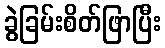
ခွဲခြမ်းစိတ်ဖြာပြီး